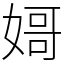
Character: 𡟵